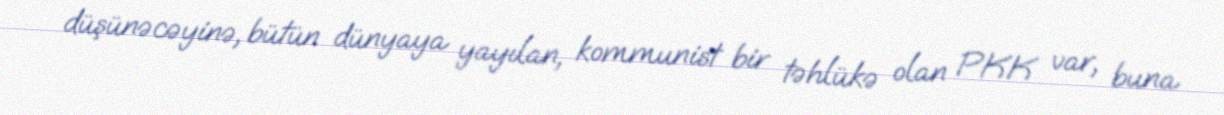
düşünəcəyinə, bütün dünyaya yayılan, kommunist bir təhlükə olan PKK var, buna